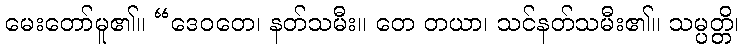
မေးတော်မူ၏။ “ဒေဝတေ၊ နတ်သမီး။ တေ တယာ၊ သင်နတ်သမီး၏။ သမ္ပတ္တိ၊